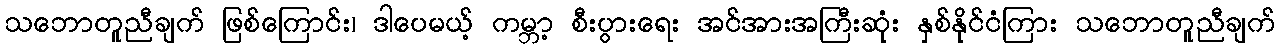
သဘောတူညီချက် ဖြစ်ကြောင်း၊ ဒါပေမယ့် ကမ္ဘာ့ စီးပွားရေး အင်အားအကြီးဆုံး နှစ်နိုင်ငံကြား သဘောတူညီချက်